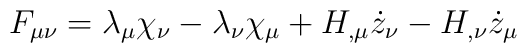
F_{\mu\nu} = \lambda_{\mu} \chi_{\nu} - \lambda_{\nu} \chi_{\mu}+ H_{,\mu} \dot{z}_{\nu} - H_{,\nu} \dot{z}_{\mu}